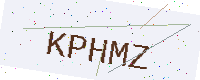
Text: KPHMZ